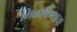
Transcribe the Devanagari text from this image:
मिळाविण्याचा